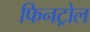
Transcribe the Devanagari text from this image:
फिनट्रोल